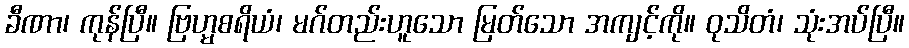
ခီဏာ၊ ကုန်ပြီ။ ဗြဟ္မစရိယံ၊ မဂ်တည်းဟူသော မြတ်သော အကျင့်ကို။ ဝုသိတံ၊ သုံးအပ်ပြီ။